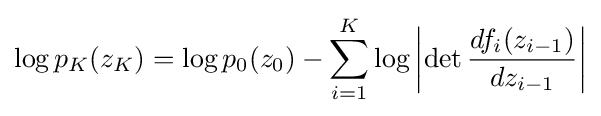
\log p_{K}(z_{K})=\log p_{0}(z_{0})-\sum _{i=1}^{K}\log \left|\det {\frac {df_{i}(z_{i-1})}{dz_{i-1}}}\right|